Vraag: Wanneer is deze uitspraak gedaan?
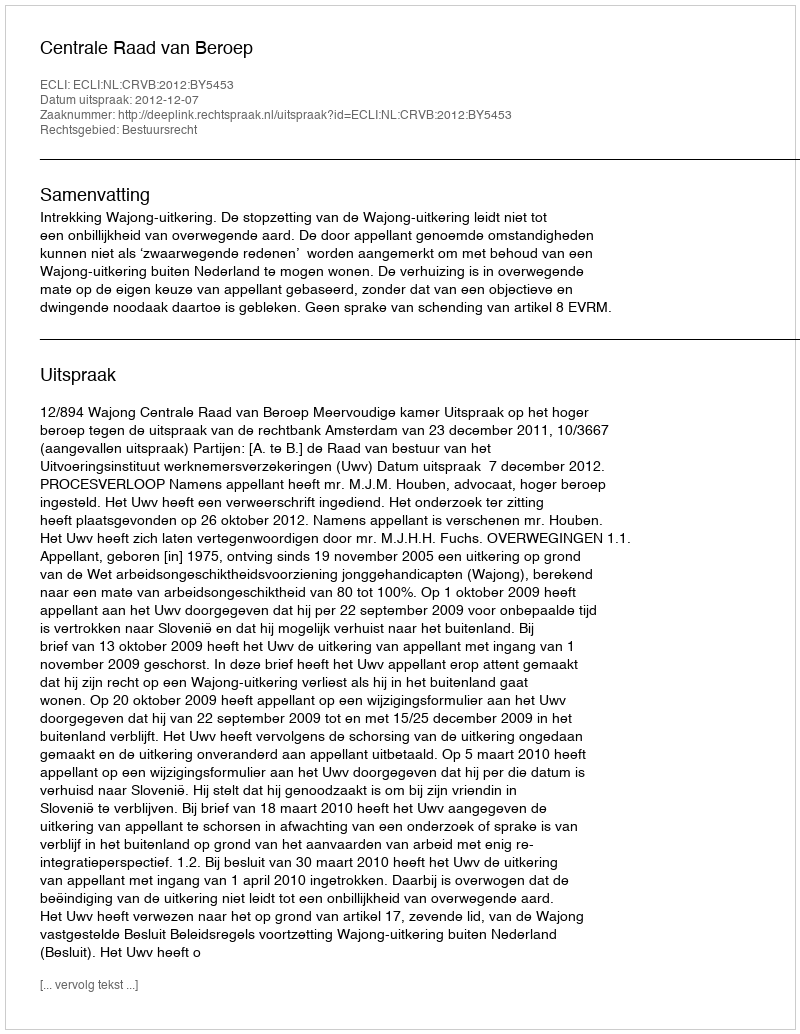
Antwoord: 2012-12-07